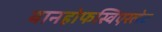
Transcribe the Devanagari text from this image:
बानहोफस्विएरलेट